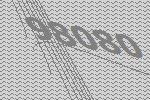
98080